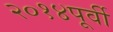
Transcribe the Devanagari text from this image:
२०१४पूर्वी